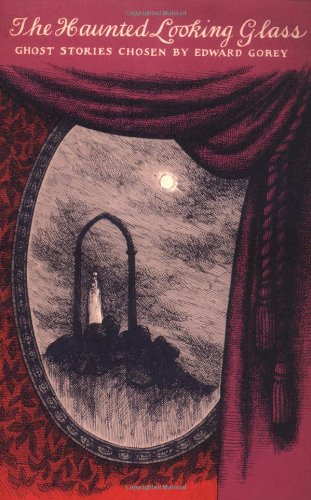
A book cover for The Haunted Looking Glass (New York Review Books Classics); Science Fiction & Fantasy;